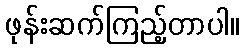
ဖုန်းဆက်ကြည့်တာပါ။